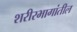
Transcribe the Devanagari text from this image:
शरीरभागांतील